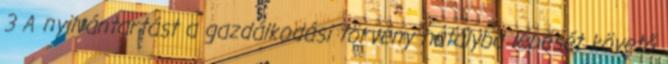
3 A nyilvántartást a gazdálkodási törvény hatályba lépését követő